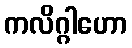
ကလိဂ္ဂါဟော